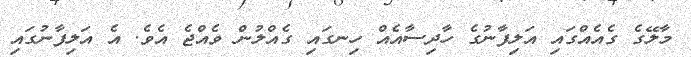
މާލޭގެ ގެއެއްގައި އަލިފާނުގެ ހާދިސާއެއް ހިނގައި ގެއްލުން ވެއްޖެ އެވެ. އެ އަލިފާނުގައި